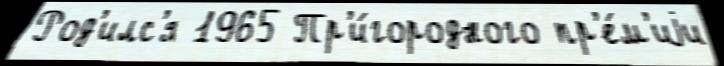
Род'илс'я 1965 Пр'и́городного пр'е́м'иjи